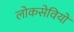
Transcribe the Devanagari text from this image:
लोकसेवियों